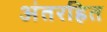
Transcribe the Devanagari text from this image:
अंतरहित